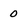
Character: 0